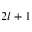
2 l + 1